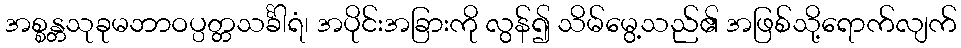
အစ္စန္တသုခုမဘာဝပ္ပတ္တသင်္ခါရံ၊ အပိုင်းအခြားကို လွန်၍ သိမ်မွေ့သည်၏ အဖြစ်သို့ရောက်လျက်